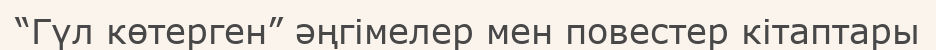
“Гүл көтерген” әңгімелер мен повестер кітаптары